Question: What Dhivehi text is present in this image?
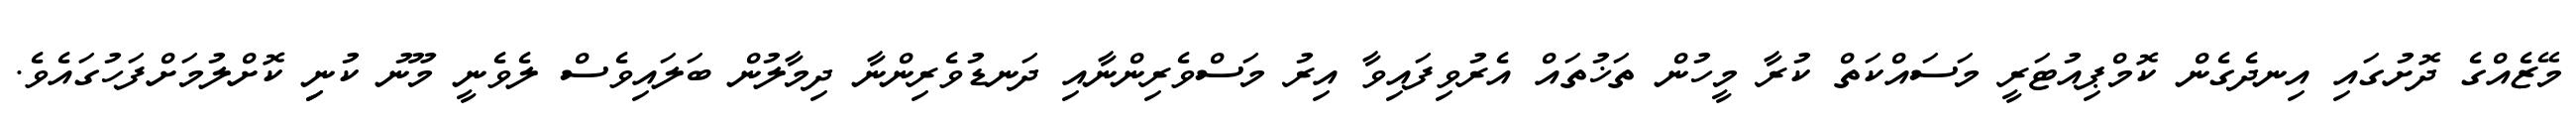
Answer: މޭޒެއްގެ ދޮށުގައި އިނދެގެން ކޮމްޕިއުޓަރީ މަސައްކަތް ކުރާ މީހުން ތަޚުތައް އެރުވިފައިވާ އިރު މަސްވެރިންނާއި ދަނޑުވެރިންނާ ދިމާލުން ބަލައިވެސް ލެވެނީ މޫނު ކުނިި ކޮށްލުމަށްފަހުގައެވެ.